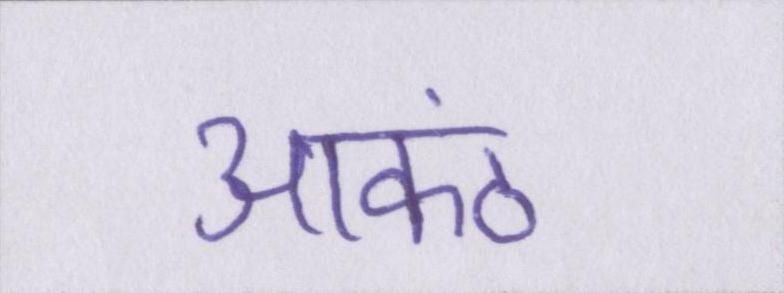
आकंठ